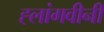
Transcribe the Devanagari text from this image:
ह्लांगवीनी